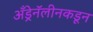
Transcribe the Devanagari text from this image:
अँड्रेनॅलीनकडून